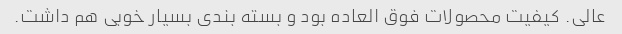
عالی. کیفیت محصولات فوق العاده بود و بسته بندی بسیار خوبی هم داشت.